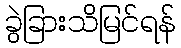
ခွဲခြားသိမြင်ရန်